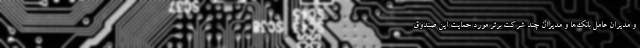
و مدیران عامل بانک‌ها و مدیران چند شرکت برتر مورد حمایت این صندوق